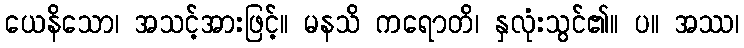
ယေနိသော၊ အသင့်အားဖြင့်။ မနသိ ကရောတိ၊ နှလုံးသွင်၏။ ပ။ အဿ၊